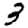
Digit: 3